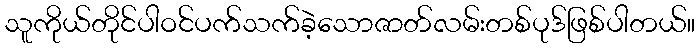
သူကိုယ်တိုင်ပါဝင်ပက်သက်ခဲ့သောဇာတ်လမ်းတစ်ပုဒ်ဖြစ်ပါတယ်။